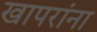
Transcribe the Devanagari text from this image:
खापरांना